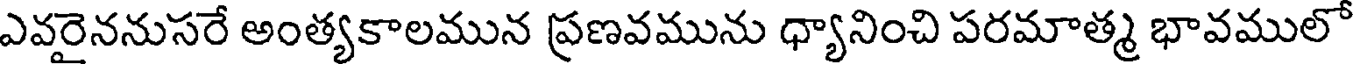
ఎవరైననుసరే అంత్యకాలమున ప్రణవమును ధ్యానించి పరమాత్మ భావములో